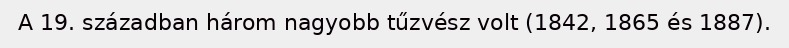
A 19. században három nagyobb tűzvész volt (1842, 1865 és 1887).